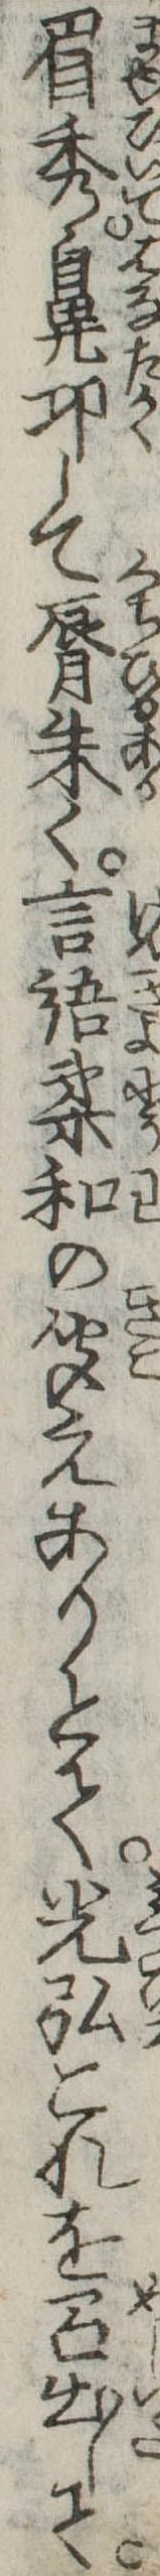
眉秀鼻して唇朱く言語柔和の聞えありとて光弘これを召出して